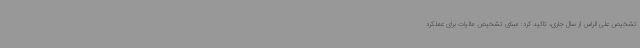
تشخیص علی الراس از سال جاری، تاکید کرد: مبنای تشخیص مالیات برای عملکرد